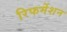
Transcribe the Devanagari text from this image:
रिफर्मेशन